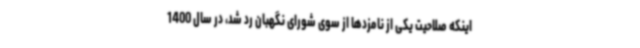
اینکه صلاحیت یکی از نامزدها از سوی شورای نگهبان رد شد، در سال 1400